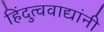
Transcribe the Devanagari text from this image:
हिंदुत्ववाद्यांनी